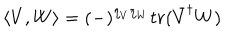
LaTeX: \left\langle V , W \right\rangle = ( - ) ^ { \eta _ { V } \eta _ { W } } t r ( \bar { V } ^ { \dagger } W )